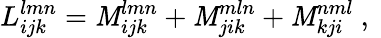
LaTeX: L_{ijk}^{lmn}=\mathit{M}_{ijk}^{lmn}+\mathit{M}_{jik}^{mln}+\mathit{M}_{kji}^{nml}\mathrm{{~,~}}